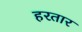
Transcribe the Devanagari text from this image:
हरतार